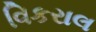
વિકરાલ